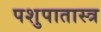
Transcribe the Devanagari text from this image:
पशुपातास्त्र